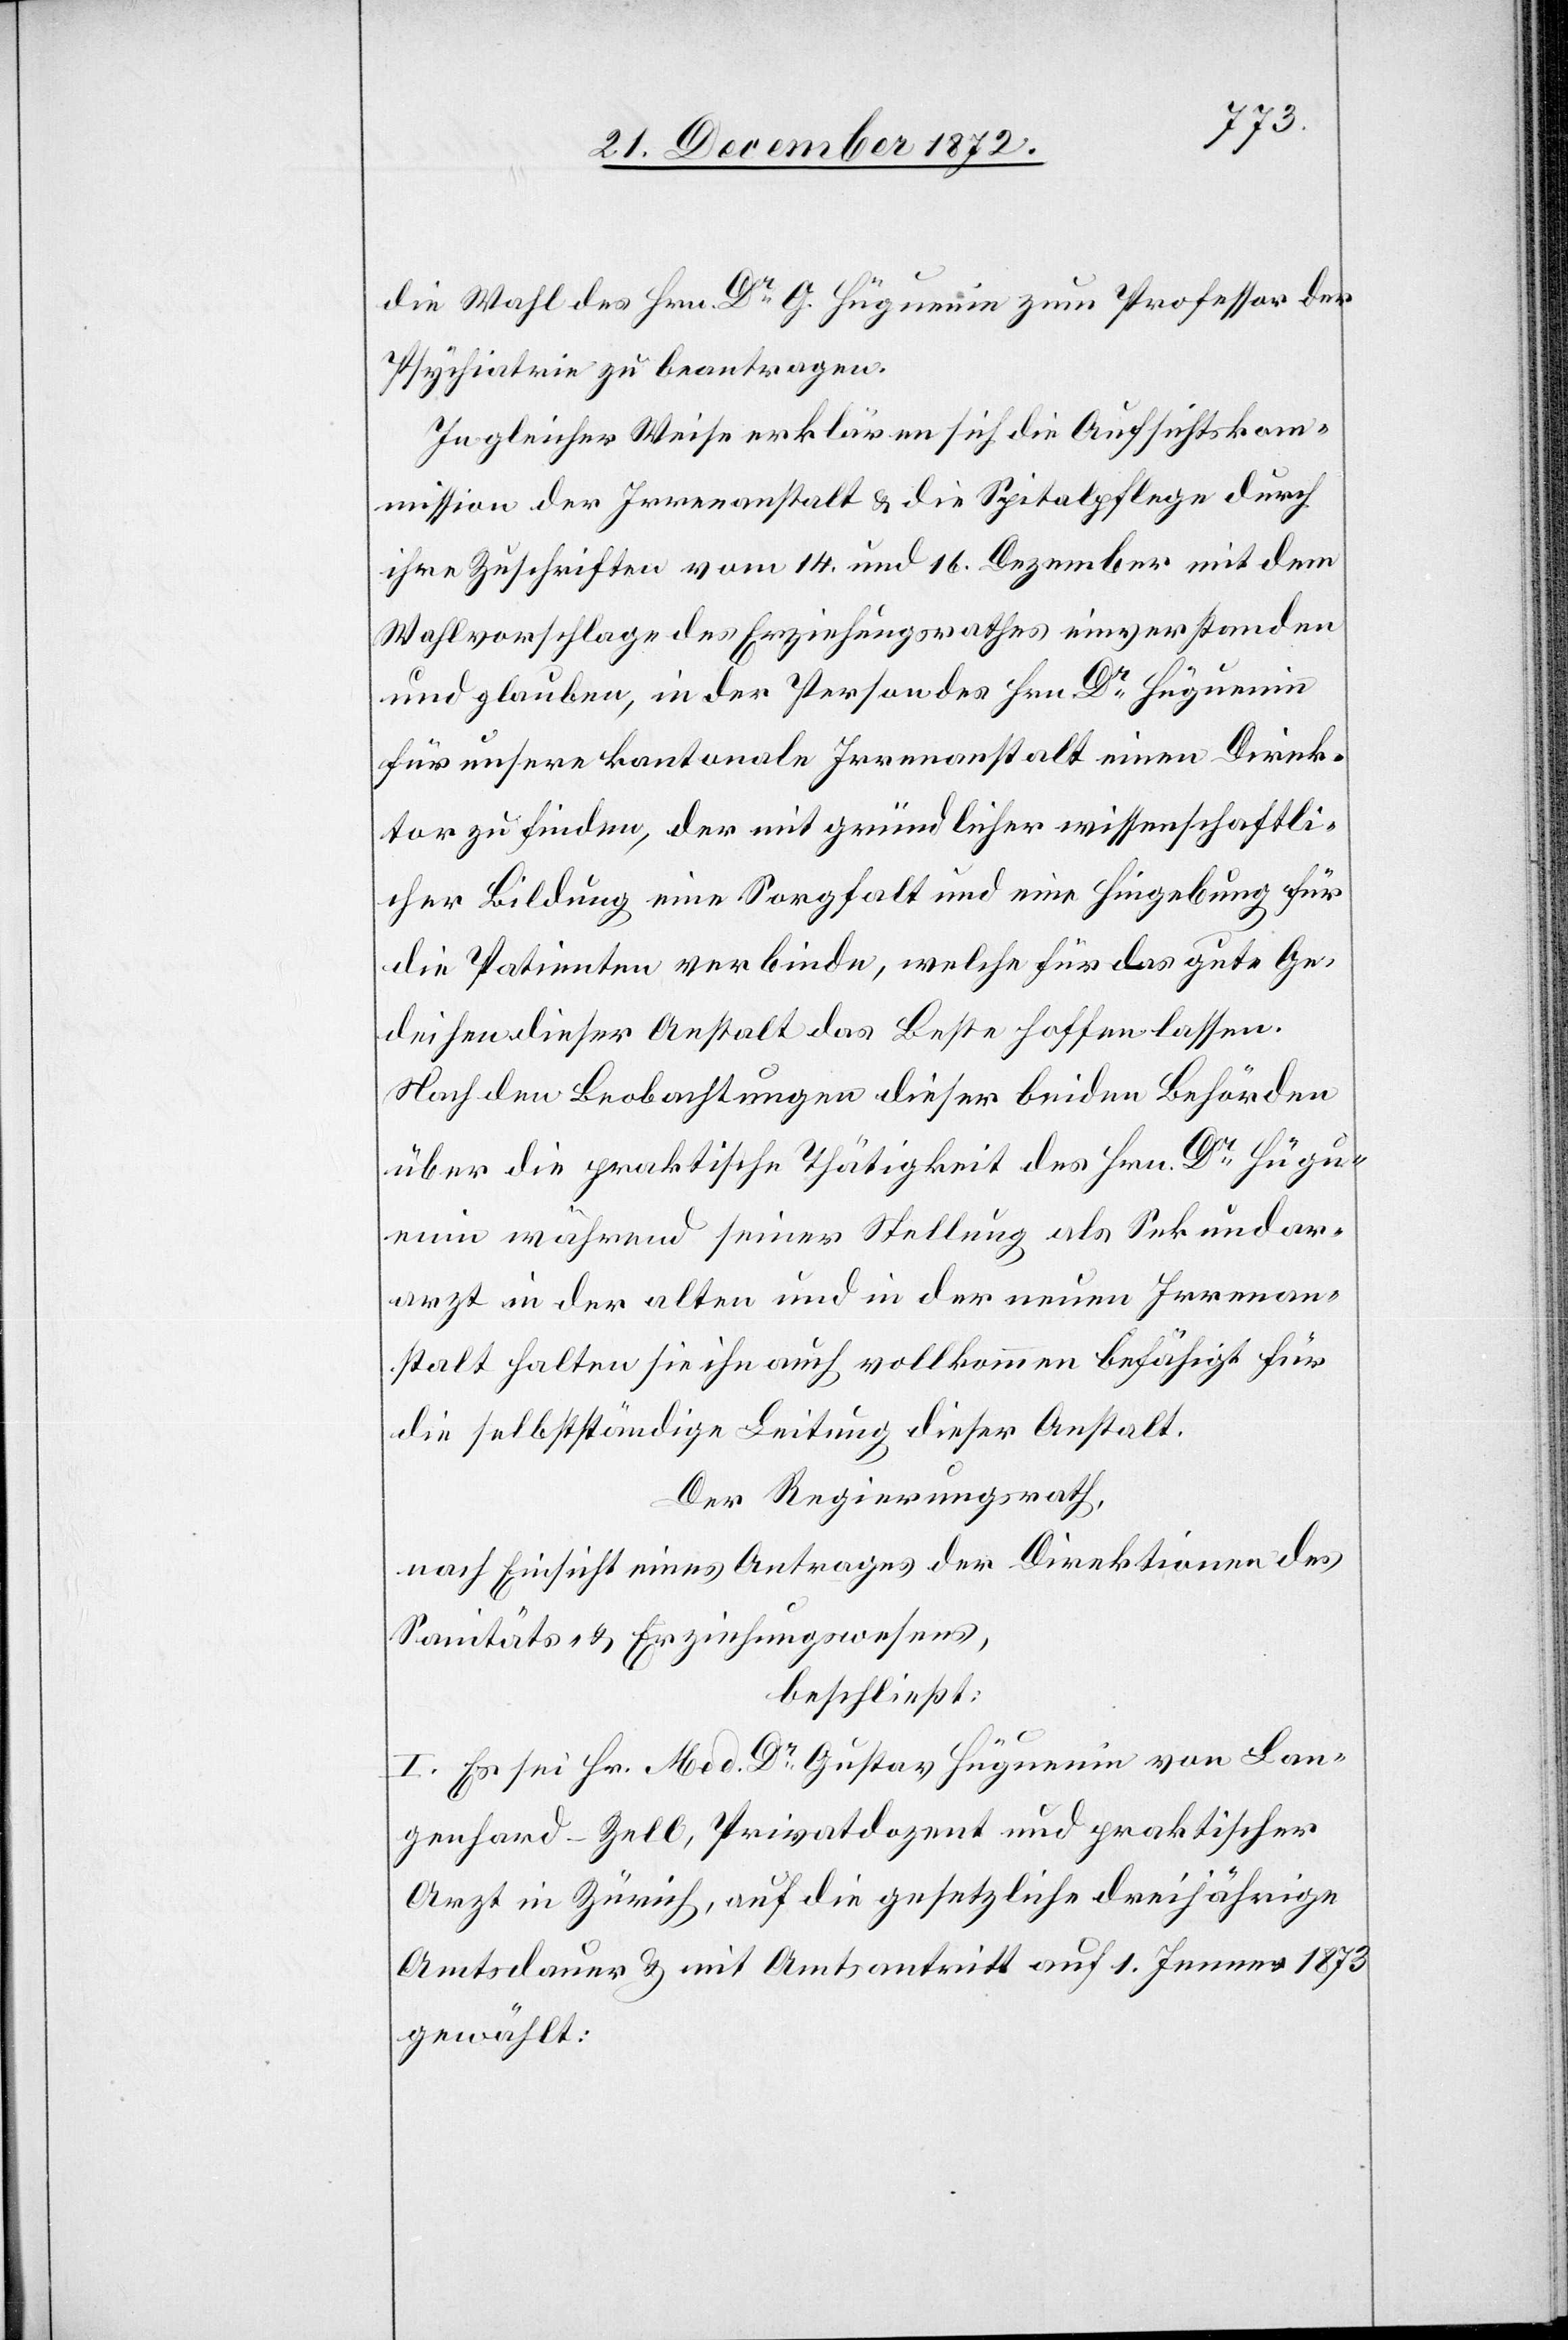
die Wahl des Hrn. Dr G. Hüguenin zum Professor der
Psychiatrie zu beantragen.
In gleicher Weise erklären sich die Aufsichtskom¬
mission der Irrenanstalt u. die Spitalpflege durch
ihre Zuschriften vom 14. und 16. Dezember mit dem
Wahlvorschlage des Erziehungsrathes einverstanden
und glauben, in der Person des Hrn. Dr Hüguenin
für unsere kantonale Irrenanstalt einen Direk¬
tor zu finden, der mit gründlicher wissenschaftli¬
cher Bildung eine Sorgfalt und eine Hingebung für
die Patienten verbinde, welche für das gute Ge¬
deihen dieser Anstalt das Beste hoffen lassen.
Nach den Beobachtungen dieser beiden Behörden
über die praktische Thätigkeit des Hrn. Dr Hügu¬
enin während seiner Stellung als Sekundar¬
arzt in der alten und in der neuen Irrenan¬
stalt halten sie ihn auch vollkommen befähigt für
die selbstständige Leitung dieser Anstalt.
Der Regierungsrath,
nach Einsicht eines Antrages der Direktion des
beschließt:
I. Es sei Hr. Med. Dr Gustav Hüguenin von Lan¬
genhard-Zell, Privatdozent und praktischer
Arzt in Zürich, auf die gesetzliche dreijährige
Amtsdauer u. mit Amtsantritt auf 1. Jenner 1873
gewählt: